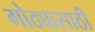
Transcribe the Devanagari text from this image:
गोठ्यासाठी